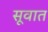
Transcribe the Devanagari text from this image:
सूवात